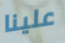
علينا